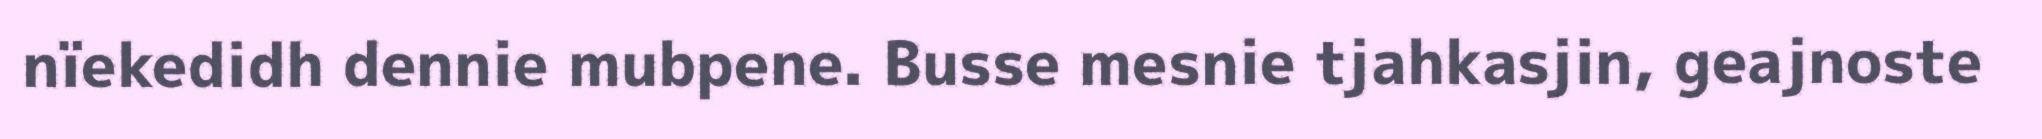
nïekedidh dennie mubpene. Busse mesnie tjahkasjin, geajnoste